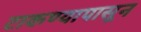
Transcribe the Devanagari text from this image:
टाकण्यापासून